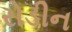
રોડીન